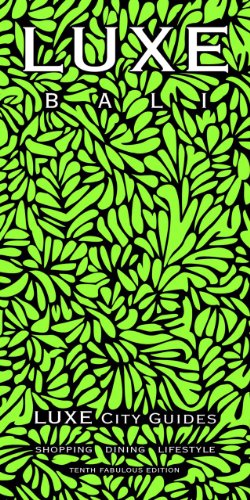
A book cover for LUXE Bali (LUXE City Guides); LUXE City Guides; Travel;